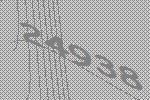
24938